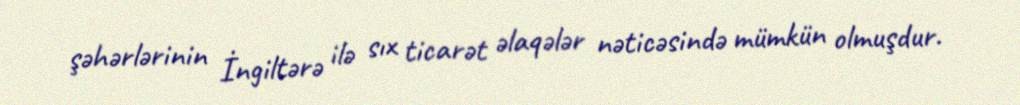
şəhərlərinin İngiltərə ilə sıx ticarət əlaqələr nəticəsində mümkün olmuşdur.